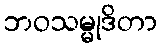
ဘဝသမ္မုဒိတာ